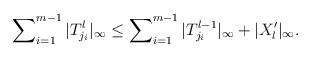
LaTeX: \begin{align*} \sum\nolimits^{m-1}_{i=1} |T^l_{j_i}|_\infty \le \sum\nolimits^{m-1}_{i=1} |T^{l-1}_{j_i}|_\infty + |X_l'|_\infty. \end{align*}